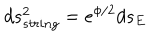
d s _ { s t r i n g } ^ { 2 } = e ^ { \phi / 2 } d s _ { E }